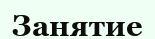
Занятие